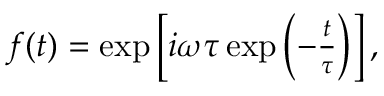
\begin{array} { r } { f ( t ) = \exp \left[ i \omega \tau \exp \left( - \frac { t } { \tau } \right) \right] , } \end{array}